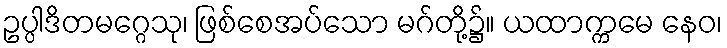
ဥပ္ပါဒိတမဂ္ဂေသု၊ ဖြစ်စေအပ်သော မဂ်တို့၌။ ယထာက္ကမေ နေဝ၊